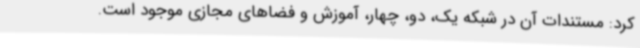
کرد: مستندات آن در شبکه یک، دو، چهار، آموزش و فضاهای مجازی موجود است.